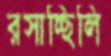
রসাচ্ছিলি